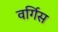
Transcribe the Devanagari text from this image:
वर्गिस